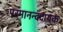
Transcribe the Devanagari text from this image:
परमानन्ददायक